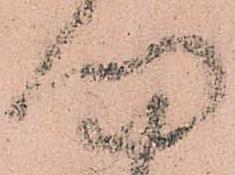
問